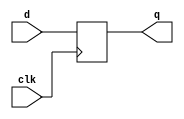
module flop 
#(parameter WIDTH = 8)
(input              	clk,
 input  	[WIDTH-1:0] d,
 
 output reg [WIDTH-1:0] q
);

  always@(posedge clk)
    q <= d;
	
endmodule